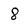
Character: 8